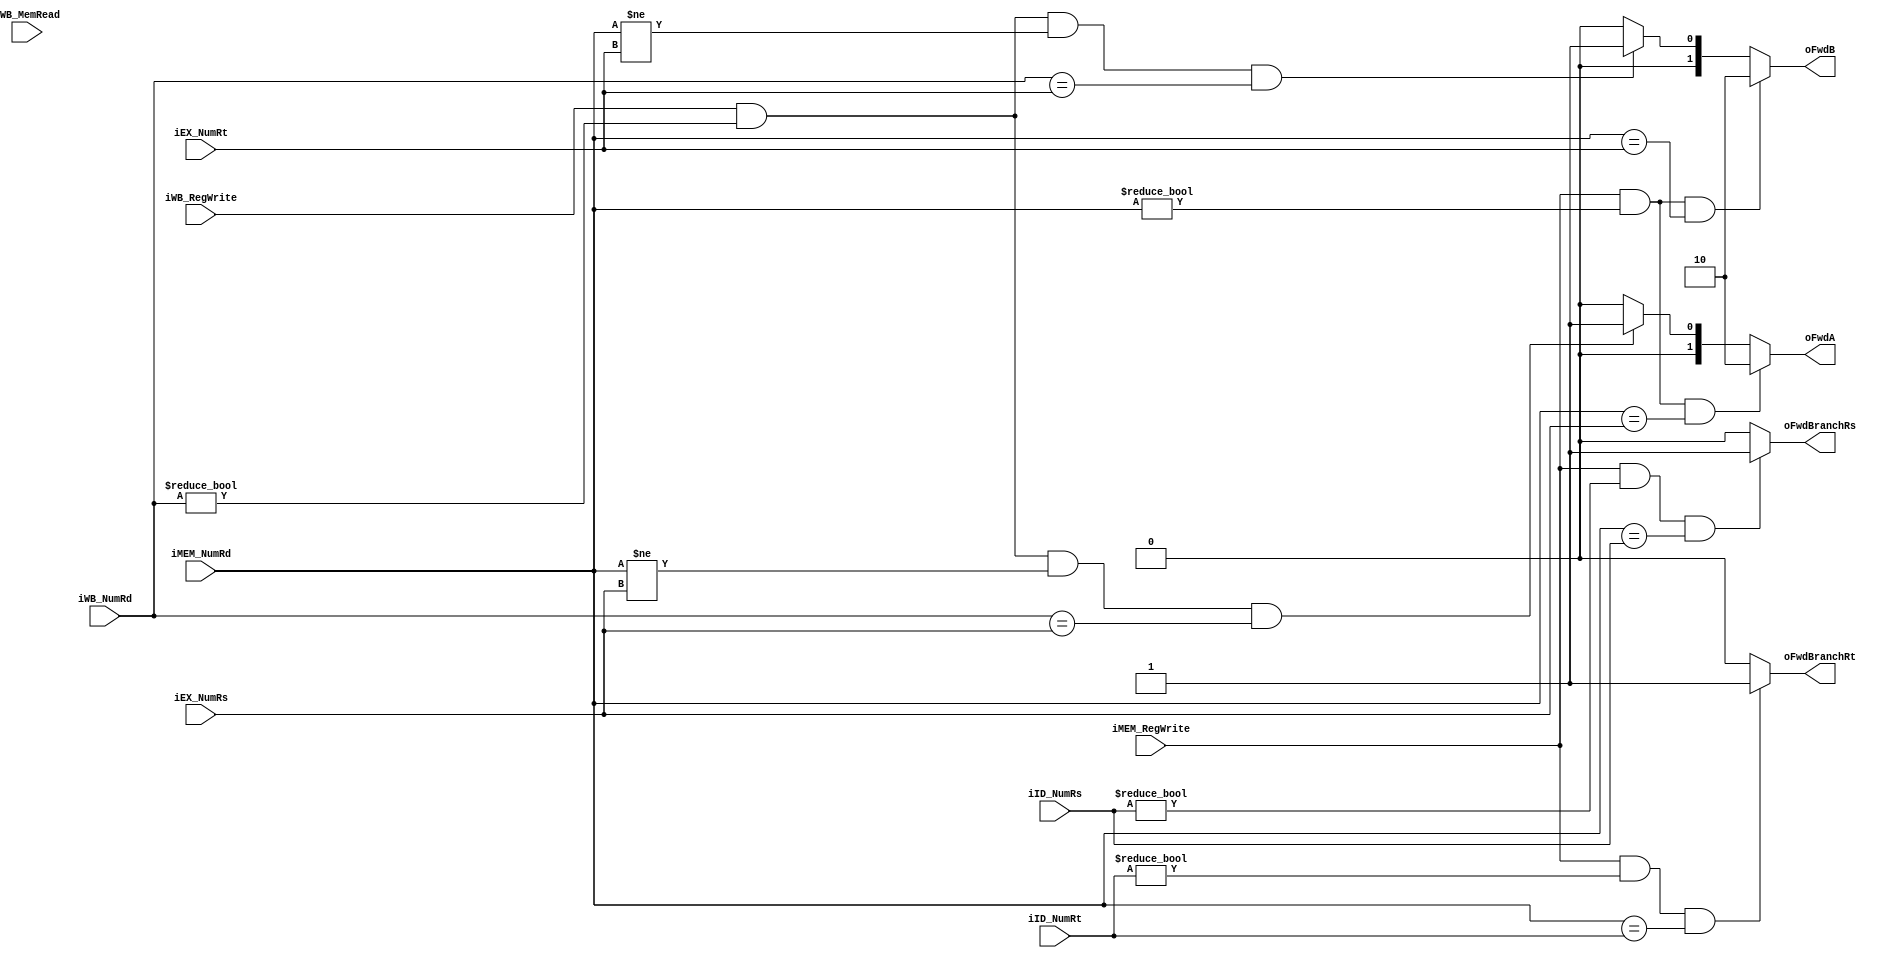
/*
 * Unidade de Forward
 * 
 * iID_NumRs:       Numero do registrador rs no estagio ID
 * iID_NumRt:       Numero do registrador rt no estagio ID
 * iEX_NumRs:       Numero do registrador rs no estagio EX
 * iEX_NumRt:       Numero do registrador rt no estagio EX
 * iMEM_NumRd:      Numero do registrador rd no estagio MEM
 * iMEM_RegWrite:   Se a instrucao no estagio MEM escreve no banco de registradores
 * iWB_NumRd:       Numero do registrador rd no estagio WB
 * iWB_RegWrite:    Se a instrucao no estagio WB escreve no banco de registradores
 * iWB_MemRead:     Se a instrucao no estagio WB le da memoria
 * oFwdA/B:         Seletores de mux para as entradas A/B da ALU
 *                    10 - Forwarding MEM -> EX
 *                    01 - Forwarding WB -> EX
 *                    00 - Sem forwarding 
 * oFwdBranchRs/Rt: Seletores de mux para as entradas no calculo de branch (ID)
 * 
 */

module ForwardUnitM (
	iID_NumRs,
	iID_NumRt,
	iEX_NumRs, 
	iEX_NumRt, 
	iMEM_NumRd, 
	iMEM_RegWrite, 
	iWB_NumRd, 
	iWB_RegWrite,
	iWB_MemRead,
	oFwdA, 
	oFwdB,
	oFwdBranchRs,
	oFwdBranchRt
);

	input wire [4:0] iID_NumRs, iID_NumRt;
	input wire [4:0] iEX_NumRs, iEX_NumRt;
	input wire [4:0] iMEM_NumRd, iWB_NumRd;
	input wire iMEM_RegWrite, iWB_RegWrite, iWB_MemRead;
	output reg [1:0] oFwdA, oFwdB;
	output reg oFwdBranchRs, oFwdBranchRt;
	
	always @(*) begin
		// If MEM_NumRD == WB_NumRD, MEM has priority since it's more recent
		
		// rs
		oFwdA = ((iMEM_RegWrite) && (iMEM_NumRd != 5'b0) && (iMEM_NumRd == iEX_NumRs)) ? 2'b10 // MEM -> EX
		      : ((iWB_RegWrite) && (iWB_NumRd != 5'b0) && (iMEM_NumRd != iEX_NumRs) && (iWB_NumRd == iEX_NumRs)) ? 2'b01 // WB -> EX
          : 2'b00; // no forwarding
		
		// rt
		oFwdB = ((iMEM_RegWrite) && (iMEM_NumRd != 5'b0) && (iMEM_NumRd == iEX_NumRt)) ? 2'b10 // MEM -> WB
          : ((iWB_RegWrite) && (iWB_NumRd != 5'b0) && (iMEM_NumRd != iEX_NumRt) && (iWB_NumRd == iEX_NumRt)) ? 2'b01 // WB -> EX
          : 2'b00; // no forwarding
		
		// MEM -> ID (branch)
		oFwdBranchRs = ( iMEM_RegWrite && (iID_NumRs != 5'b0) && (iMEM_NumRd == iID_NumRs)) ? 1'b1 : 1'b0;
		oFwdBranchRt = ( iMEM_RegWrite && (iID_NumRt != 5'b0) && (iMEM_NumRd == iID_NumRt)) ? 1'b1 : 1'b0;		
	end 
	
endmodule